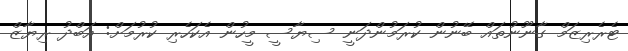
ޓެރެރިޒަމް ގާނޫނުތައް ބޭނުން ކުރަމުންދަނީ ސިޔާސީ މީހުން އެކަހެރި ކުރުމަށް: އަބްދު ރިޔާޒް